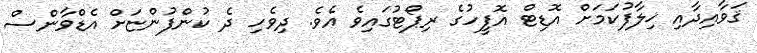
ޤަވާއިދާއި ޚިލާފުކަމަށް އޮޑިޓް އޮފީހުގެ ރިޕޯޓުގައިވެ އެވެ. ދިވެހި ދެ ކުންފުންޏަށް އެޑްވާންސް